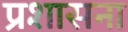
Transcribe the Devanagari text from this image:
प्रशासना